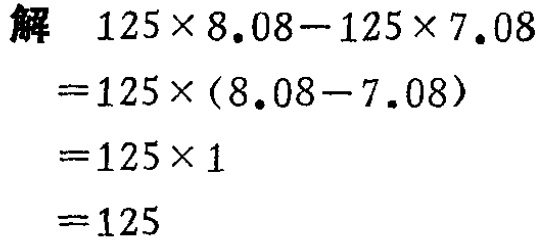
解

\[

\begin{align*}

&125\times8.08 - 125\times7.08\\

=&125\times(8.08 - 7.08)\\

=&125\times1\\

=&125

\end{align*}

\]